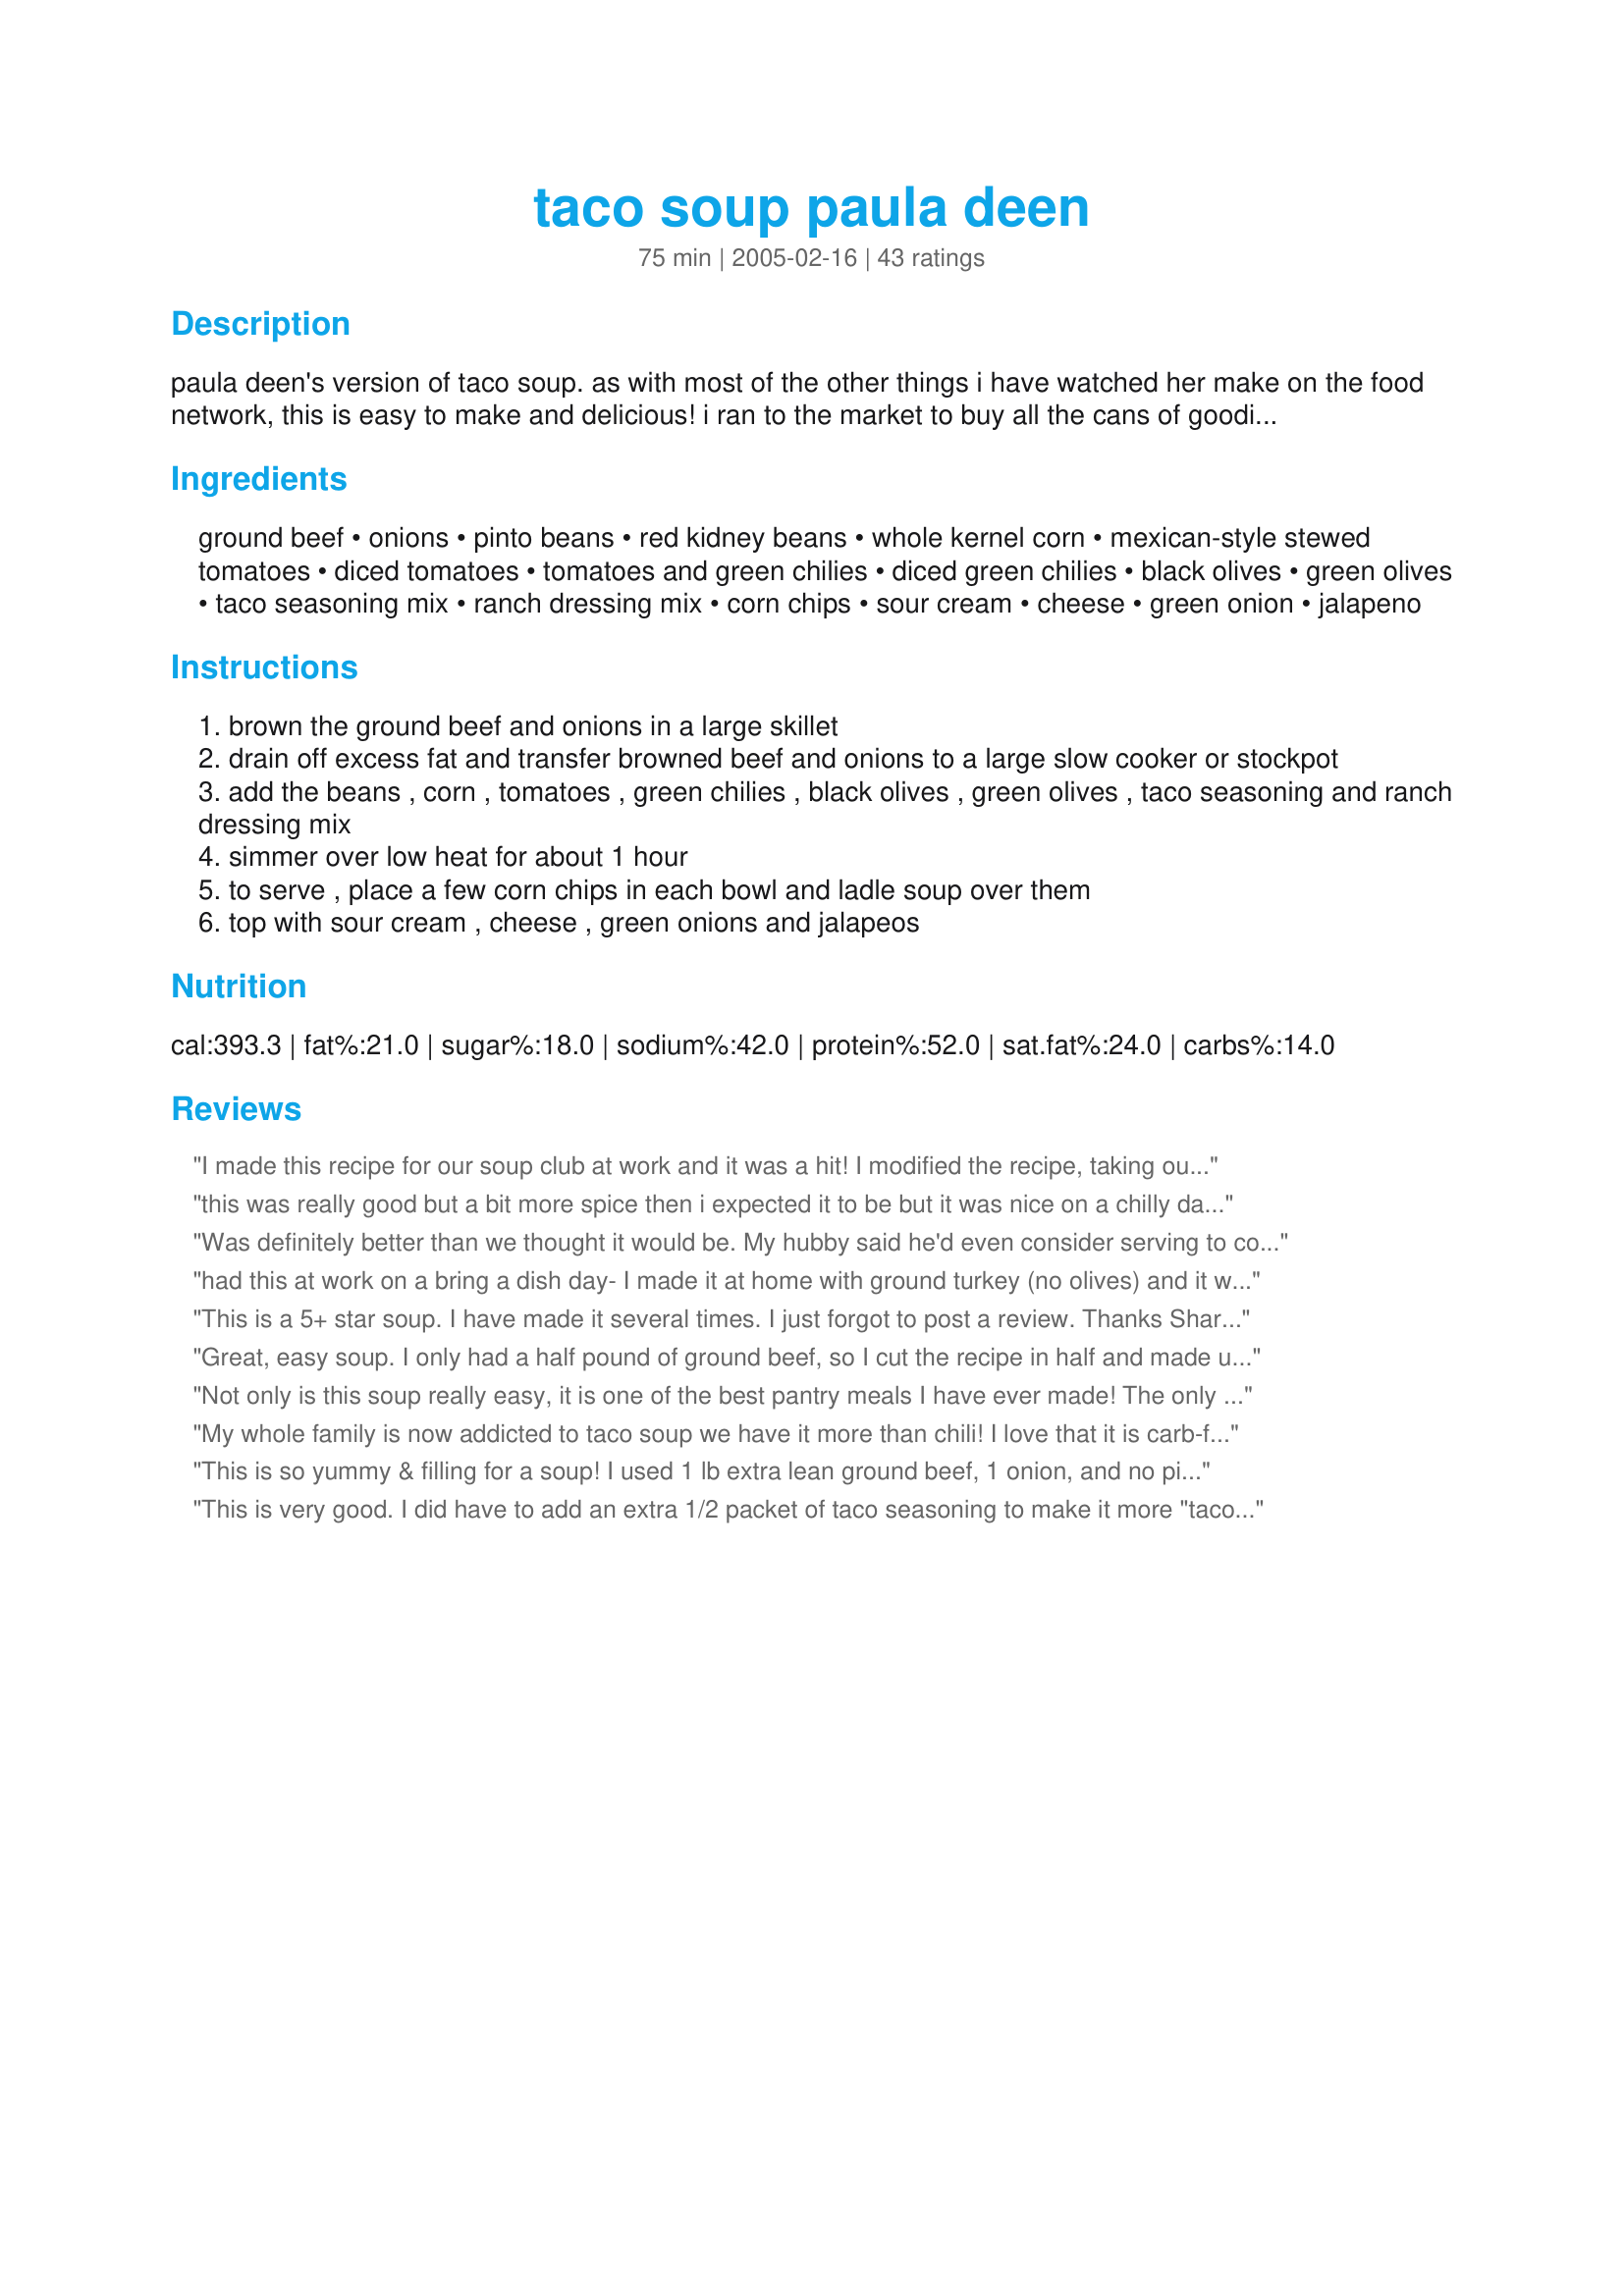
taco soup paula deen
Preparation time: 75 minutes

paula deen's version of taco soup. as with most of the other things i have watched her make on the food network, this is easy to make and delicious! i ran to the market to buy all the cans of goodies to make this immediately.

Ingredients:
ground beef, onions, pinto beans, red kidney beans, whole kernel corn, mexican-style stewed tomatoes, diced tomatoes, tomatoes and green chilies, diced green chilies, black olives, green olives, taco seasoning mix, ranch dressing mix, corn chips, sour cream, cheese, green onion, jalapeno

Steps:
brown the ground beef and onions in a large skillet
drain off excess fat and transfer browned beef and onions to a large slow cooker or stockpot
add the beans , corn , tomatoes , green chilies , black olives , green olives , taco seasoning and ranch dressing mix
simmer over low heat for about 1 hour
to serve , place a few corn chips in each bowl and ladle soup over them
top with sour cream , cheese , green onions and jalapeos

Reviews:
I made this recipe for our soup club at work and it was a hit! I modified the recipe, taking out the cans of chilies and doubling the cans of tomatoes with chilies, just to cut down on the spiciness of the soup. Serving it with sour cream also helped to cut down the heat. It was VERY thick, and almost like a stew so I added a lot of chicken broth to stretch it. It was SUPER easy to make, literally a 2 dish meal. I'll be making this again on a cold winter's night!
this was really good but a bit more spice then i expected it to be but it was nice on a chilly day here thanks for sharing
Was definitely better than we thought it would be. My hubby said he'd even consider serving to company. I made a smaller batch and basically halved this. Kicked up the flavor a little with cummin and chili powder, still not too hot for my small children though. Fresh cilantro is excellent in this (or any mexican dish for that matter). The corn chips (fritos really perfect) are a definite must for garnish.
had this at work on a bring a dish day- I made it at home with ground turkey (no olives) and it was a hit!!!! wonderful! I don't ladel over the fritos- rather place on top so there is still a crunch. Also I added a little chili powder and extra water since it didn't seem to have enough liquid from the cans alone. I have a can of elpaso taco seaon and a large jar of hidden valley from sam's and added a little more to compensate for the added water. this is a great paula deen recipe that will forever be a winter favorite.!!
This is a 5+ star soup. I have made it several times. I just forgot to post a review. Thanks Sharlene for sharing. I am a fan of Paula, she's the BEST!!!
Great, easy soup. I only had a half pound of ground beef, so I cut the recipe in half and made up the difference with texturized vegetable protein (TVP) to add a little more heartiness. I also left out the olives. The first time I made it with the corn chips in the bottom, but I didn't care for this - too soggy. For the next bowl, I sprinkled them on top - much better. Served with sour cream and shredded cheese. A keeper!
Not only is this soup really easy, it is one of the best pantry meals I have ever made! The only real effort involved is in opening all of the cans. ;) I have made it in the crockpot and on the stove. Leftovers freeze easily.
My whole family is now addicted to taco soup we have it more than chili! I love that it is carb-free (corn?)! I use 1 lb ground beef and 1 lb ground turkey, also I don't drain the corn, and add an extra taco seasoning, and instead of stewed tomatoes I get another can of mexican diced! yum!
This is so yummy & filling for a soup! I used 1 lb extra lean ground beef, 1 onion, and no pinto beans. I used 1/2 of the taco packet and 1/2 of the ranch packet. Other than that I followed exactly. The only change I would make from that is to next time either leave out the red beans or use black beans instead, for personal preference. I topped with shredded cheese and sour cream, but the sour cream reaaaally made it yummy. Thanks for sharing!!
This is very good. I did have to add an extra 1/2 packet of taco seasoning to make it more "taco flavored" and make a few adjustments for things I can't get easily in England. So instead of tomatoes with chilies and canned chilies, I ended up adding about 2/5 of a jar of sliced jalapenos (I chopped these finely). I made a substitute for the ranch dressing mix and it's not as good as the real deal, but it worked and I think the olives add a nice touch.
Excellent recipe. I doubled the recipe for a large gathering. Everyone loved it. I didn't change a thing except omitting the olives.
I was all set to post this recipe after seeing Paula make it on TV. I should have known that a recipe this good was already here.
This is quite a surprising soup. When you look at it, you expect it to taste like chili. It doesn't. It tastes like a taco. 
When you're making it, you just think to yourself, "How in the world is this eclectic mix of stuff going to turn out?" I was especially wondering about that packet of ranch dressing mix.
Trust Paula. This recipe is a can opener's nightmare, but all of these ingredients come together and fuse into what is now one of my favorite soups.
I could sing this soup's praises all day, but you're just going to have to try it for yourself.
I didn't even put any cheese on it (and that is completely unheard of for me). Lovely recipe. :)
Made this for lunch today, wonderful!!!
This was even better than I thought it would be! Definitely will make it again!
Simple to prepare and good to eat....that in our house makes a five star recipe. I made this the oher night for supper and we loved it. I served it with shredded cheddar,sour cream and fritos. It does make alot but we are loving the leftovers. Thank you for sharing.
I cut this recipe in half and my son and wife helped make this. I left out the green olives (had none)and sour cream (personal preference). I wasnt sure if my son would like this because he is VERY picky, but he loved it and wanted seconds. The wife and I loved it also and it takes almost no prep time at all! This will for sure be made again and again!
Easy and makes a BIG pot of soup! I left out the green olives, then added garlic powder and black pepper. Very little salt is needed because of all the canned ingredients. I served this soup at a party with a variety of garnishes to choose from. My guests all seemed to really enjoy it!
This is my favorite main dish stand-by. It is inexpensive (what's cheaper than canned food?!), delicious, and easily feeds a group. I get rave reviews each time I serve this. Thanks for sharing on Food.com, Sharlene!
Very good. I left out the olives due to personal preference. I made it for myself and 2 young daughters. Warning, this makes an awful lot. It seemed as if we were eating leftovers for weeks!!
Easy to make and everyone loved it - the leftovers were amazing the next day too.
This was good, especially given the ease of cooking the dish. We added garnishes, including cilantro, which freshened the taste of the stew.
This was fantastic, everybody that tasted it loved it!
For a Paula Deen recipe I was a tad disappointed. It was very spicy, in my opinion, but not very taco flavored. So I added extra tomatoes and tomato sauce which made it more bland...so I added extra taco seasoning and ranch dressing mix. Glad I tried it though! And YES, this makes a ton...I froze some and gave some to the neighbors. Thanks for posting.
This is the best! Glad to see recipe all ready posted. This is one of our favorites.
Made this with only 1 pound of beef, twice as much diced tomatoes (28 oz. can) as well as a teaspoon cumin. Makes a lot. Will make this again!
Excellent! I can't believe I haven't rated this yet.
 This is almost like a chili consistency.. very flavorful and filling. Super easy too! Thanks for sharing!
I keep of all the canned goods, taco seasoning and ranch dressing mix in a brown bag in my pantry labeled taco soup. I know I can have a crowd on a moments notice with a quick trip to store for ground beef, onions and toppings. Easy! and tastes yummy as well :) Thank you for posting
Oh my gosh, this is so-o-o good! Topped with the cheese and sour cream, it was really enjoyed! We scooped it up with Tortilla scoops, and boy, what a yummy bowl it was!
A crowd pleaser! Served with cheesy cornbread muffins and salad. My fiance said it was "too beany", but I liked it. May use more seasonings next time.
Since this was a big recipe I made it for my restaurant, the patrons raved at how good it was. Very good and can't beat the healthy benefits of this soup!
I never thought I would find ANY recipe that my 17yo son would eat more than a plate of, but as of 9 o'clock last night, he was on his 4th bowl of this soup. THAT DESERVES WAY MORE THAN 5 STARS!!
The only thing I didn't use were the green olives. I double the number of black olives that I used and it was just perfect for my family.
I don't think I've found a soup recipe that my family enjoyed as much as this one. The combination of flavors was awesome and I can't wait to have a bowl for lunch today.
Yum! This stuff is so good. I followed the recipe with exception of the olives. We're not big olive eaters. It's very thick though. I could probably have mashed the tomato stuff up a bit more but I like chunks of tomato. I thinned it out a bit not much. I didn't want it soupy but I didn't want to eat taco "soup" with a fork either. I used a little V8 to thin it out because I didn't have tomato juice. The V8 was good in it and also added some other vegetables in too. I loved this recipe and will definitely make it again. It's delicious. Thank you for posting this wonderful soup.
I loved the recipe. It was a nice change from a traditional mexican meal. I wouldn't add as many beans next time.
we all loved this soup! couldn't get mexican stewed tomatoes, so i used regular stewed and 2 cans of diced tomatoes w/green chiles. didn't use the regular diced tomatoes. added more green chiles than called for. we have plenty of leftovers, and i am going to freeze for additional meals. thanks
This is really a "10"star recipe! I had it last night at a christmas supper and it was great...everyone there ate every delis drop!!!
This has become my favorite soup! I think it&#039;s actually even better when I used pulled pork instead of hamburger. But either way, it&#039;s scrumptious!!!
This is very good and even better topped with cheese, sour cream, and cilantro. I served corn bread and fresh fruit on the side. It makes enough for a small army and it's not a recipe that could be easily cut in half. We have had it for two nights and the pot still looks full. I will freeze the rest and will defiantly make again. My can opener sure got a work out. ;) Thanks Sharlene!
I make this recipe all of the time. It is absolutely fabulous. My entire family loves it. I have made it with ground beef and have substituted with Bocca soy crumbles and is absolutely perfect either way.
I LOVE LOVE LOVE this recipe. It should really be called Taco Chili or Stew because it's quite thick. I left out the green olives and used Fritos instead of corn/tortilla chips, and the Fritos really made the dish. So good paired with taco flavors.
Great Taco Soup recipe. I have made Taco Soup before, but lost the recipe a couple years ago. More like a chili than an actual soup this is a great filling dinner. I did use black beans instead of pinto beans because I have a bunch I need to use up. The rest of the dish I made as written for some friends. Even one who swore he hates beans gobbled it up. I served with Fritos and cheese.
My whole family--even my super picky 10 year old--LOVED this soup. It was incredibly easy to make and would be a great one to make ahead and freeze. Thanks!
This is a simple recipe that you can easily adjust to your own taste. I wanted less chili and more soup so added 2 cans of beef broth. My husband and kids are not big on beans so I only used one can of kidney beans and one can of black beans. I blended the beans and tomatoes together in a food processor to camouflage their existence and my family had no idea they were in the soup! I also used ground turkey instead of beef and mixed the taco seasoning (2 packets instead of one) into the browned meet before adding the other ingredients. We are not big olive people so I chopped the olives and only used half a can. It turned out yummy! I will definitely make this again.
Oh my gosh...this is SO yummy!

I made a half batch, and added two cans of chicken broth to make it "soupier". Also added about a teaspoon of chili powder and a teaspoon or so of garlic powder.

And it still made enough for three days worth with three people eating at least one big bowl (two for hubby!)

This is definitely a keeper!
